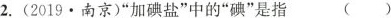
2. (2019\cdot南京)"加碘盐"中的”碘”是指 ()